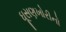
ઘૂસણખોરીનો